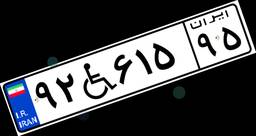
۹۲W۶۱۵۹۵